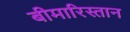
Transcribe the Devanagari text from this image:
बीमारिस्तान